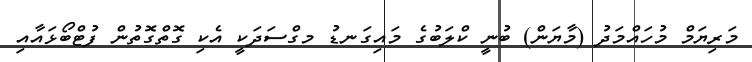
މަރިޔަމް މުހައްމަދު (މާޔަން) ބުނީ ކްލަބުގެ މައިގަނޑު މގްސަދަކީ އެކި ގޮތްގޮތުން ފުޓްބޯޅައާއި